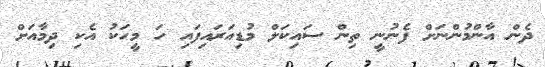
ދެން އާންމުންނަށް ފެނުނީ ތިން ސައިކަލް މުޑިއަރައިފައި ހަ މީހަކު އެކި ދިމާއަށް